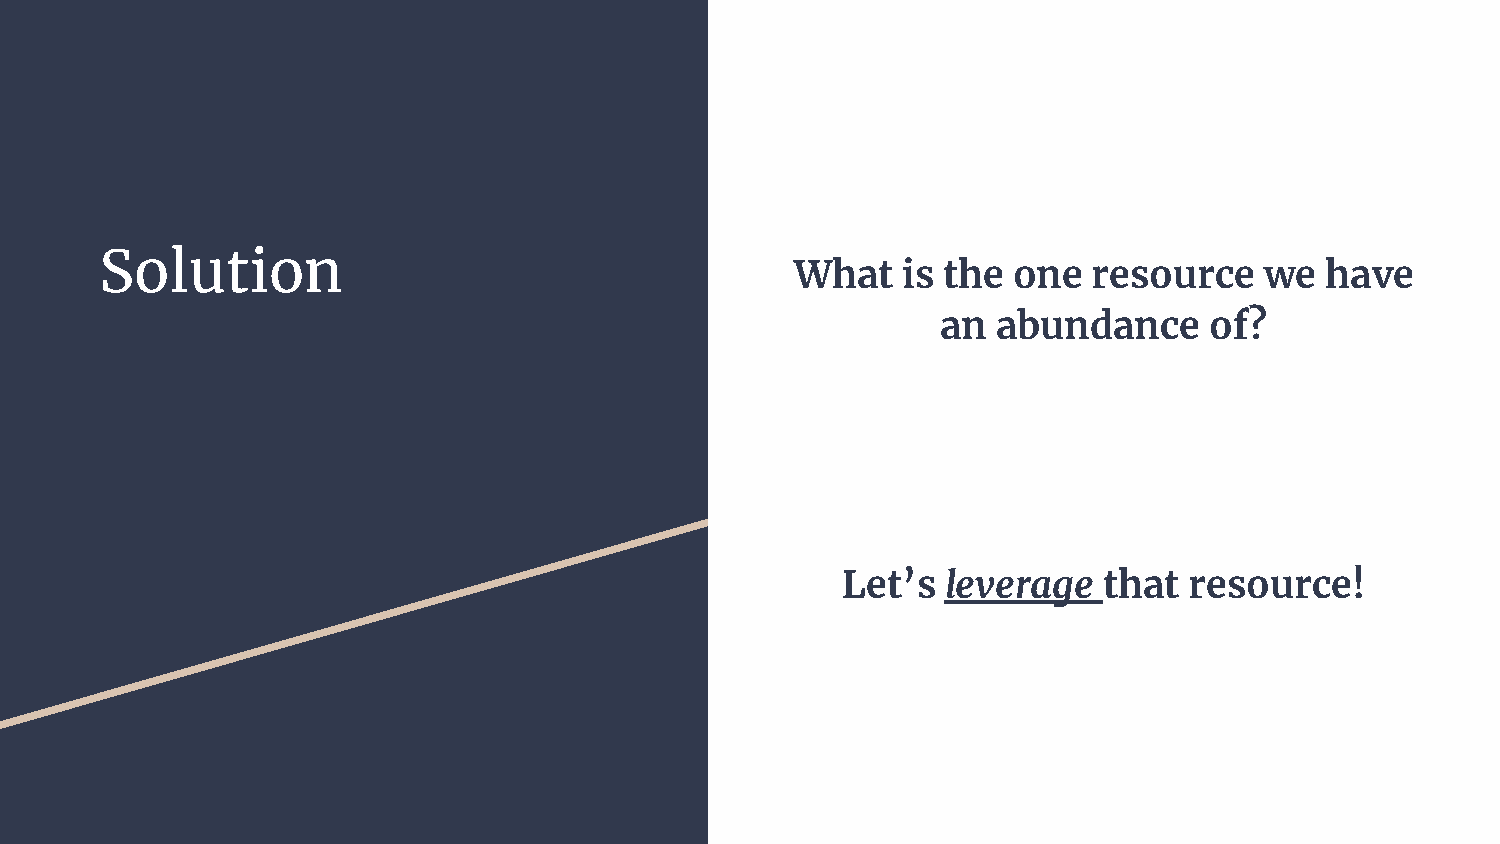
Solution
 What   is the one  resource    we  have
 an  abundance     of?
 Let’s  leverage  that  resource!